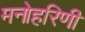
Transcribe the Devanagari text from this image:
मनोहरिणी